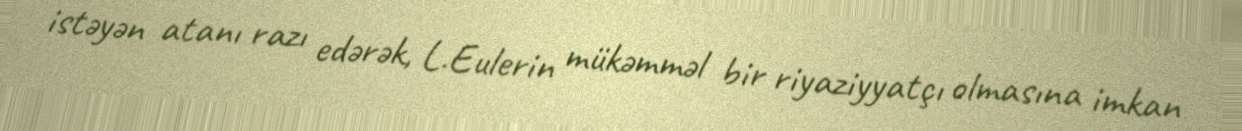
istəyən atanı razı edərək, L.Eulerin mükəmməl bir riyaziyyatçı olmasına imkan